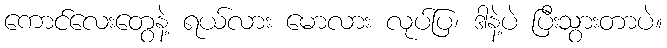
ကောင်လေးတွေနဲ့ ရယ်လား မောလား လုပ်ပြ၊ ဒါနဲ့ပဲ ပြီးသွားတာပဲ။